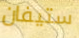
ستيفان